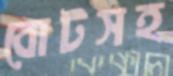
বোটসহ